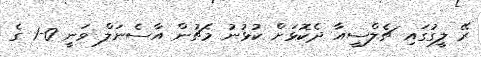
ރޭ ލީގުގައި ޗެލްސީއާ ދެކޮޅަށް ކުޅުނު މެޗުން އާސެނަލް ވަނީ 0-1 ގެ